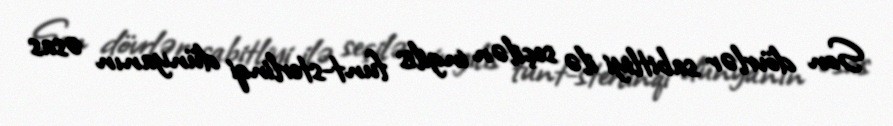
Son dövrlər sabitliyi ilə seçilən ingilis funt-sterlinqi dünyanın əsas